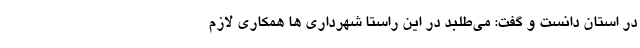
در استان دانست و گفت: می‌طلبد در این راستا شهرداری ها همکاری لازم